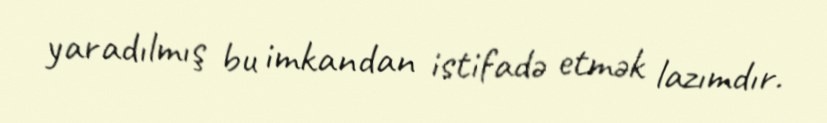
yaradılmış bu imkandan istifadə etmək lazımdır.